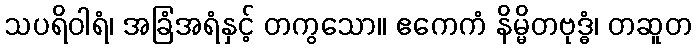
သပရိဝါရံ၊ အခြံအရံနှင့် တကွသော။ ဧကေကံ နိမ္မိတဗုဒ္ဓံ၊ တဆူတ